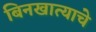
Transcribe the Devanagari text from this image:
बिनखात्याचे